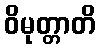
ဝိမုတ္တာတိ